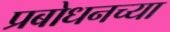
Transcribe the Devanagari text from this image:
प्रबोधनच्या